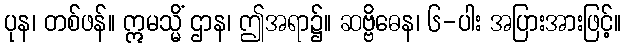
ပုန၊ တစ်ဖန်။ ဣမသ္မိံ ဌာန၊ ဤအရာ၌။ ဆဗ္ဗိဓေန၊ ၆-ပါး အပြားအားဖြင့်။